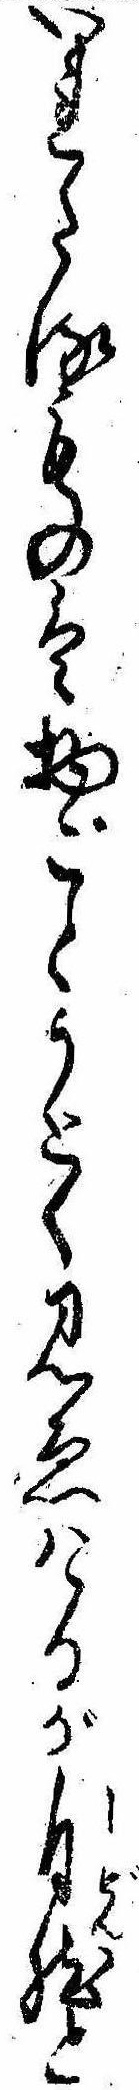
いれたるものは物ごとうとく見ゑけるが自然と